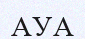
АУА